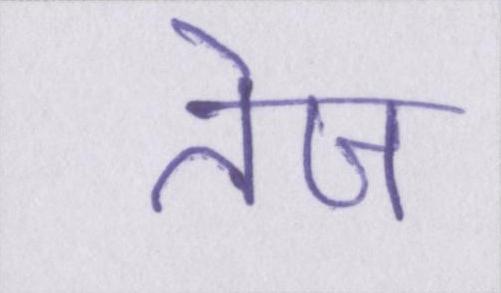
तेज